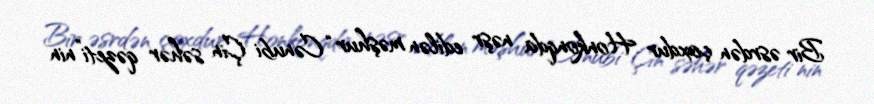
Bir əsrdən çoxdur Honkonqda nəşr edilən məşhur “Cənubi Çin səhər qəzeti”nin